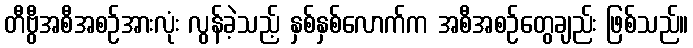
တီဗွီအစီအစဉ်အားလုံး လွန်ခဲ့သည့် နှစ်နှစ်လောက်က အစီအစဉ်တွေချည်း ဖြစ်သည်။